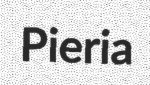
Pieria